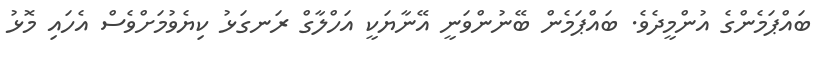
ބައްޕަމެންގެ އުންމީދެވެ. ބައްޕަމެން ބޭނުންވަނީ އޭނާޔަކީ އަހްލާގް ރަނގަޅު ކިޔެވުމަށްވެސް އެހައި މޮޅު